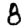
Digit: 8